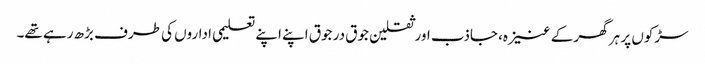
سڑکوں پر ہر گھر کے عنیزہ، جاذب اور ثقلین جوق در جوق اپنے اپنے تعلیمی اداروں کی طرف بڑھ رہے تھے۔